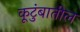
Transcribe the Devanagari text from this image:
कूटुंबातील